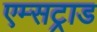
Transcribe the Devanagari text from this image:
एम्सट्राड